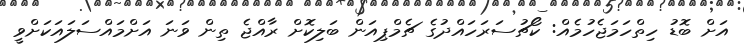
އަށް ބޮޑު ހިތްހަމަޖެހުމެއް: ކޯޗުސަރަހައްދުގެ ޗެމްޕިއަން ބަލިކޮށް ރާއްޖެ ތިން ވަނަ އަށްމައްސަލައަކަށްވީ